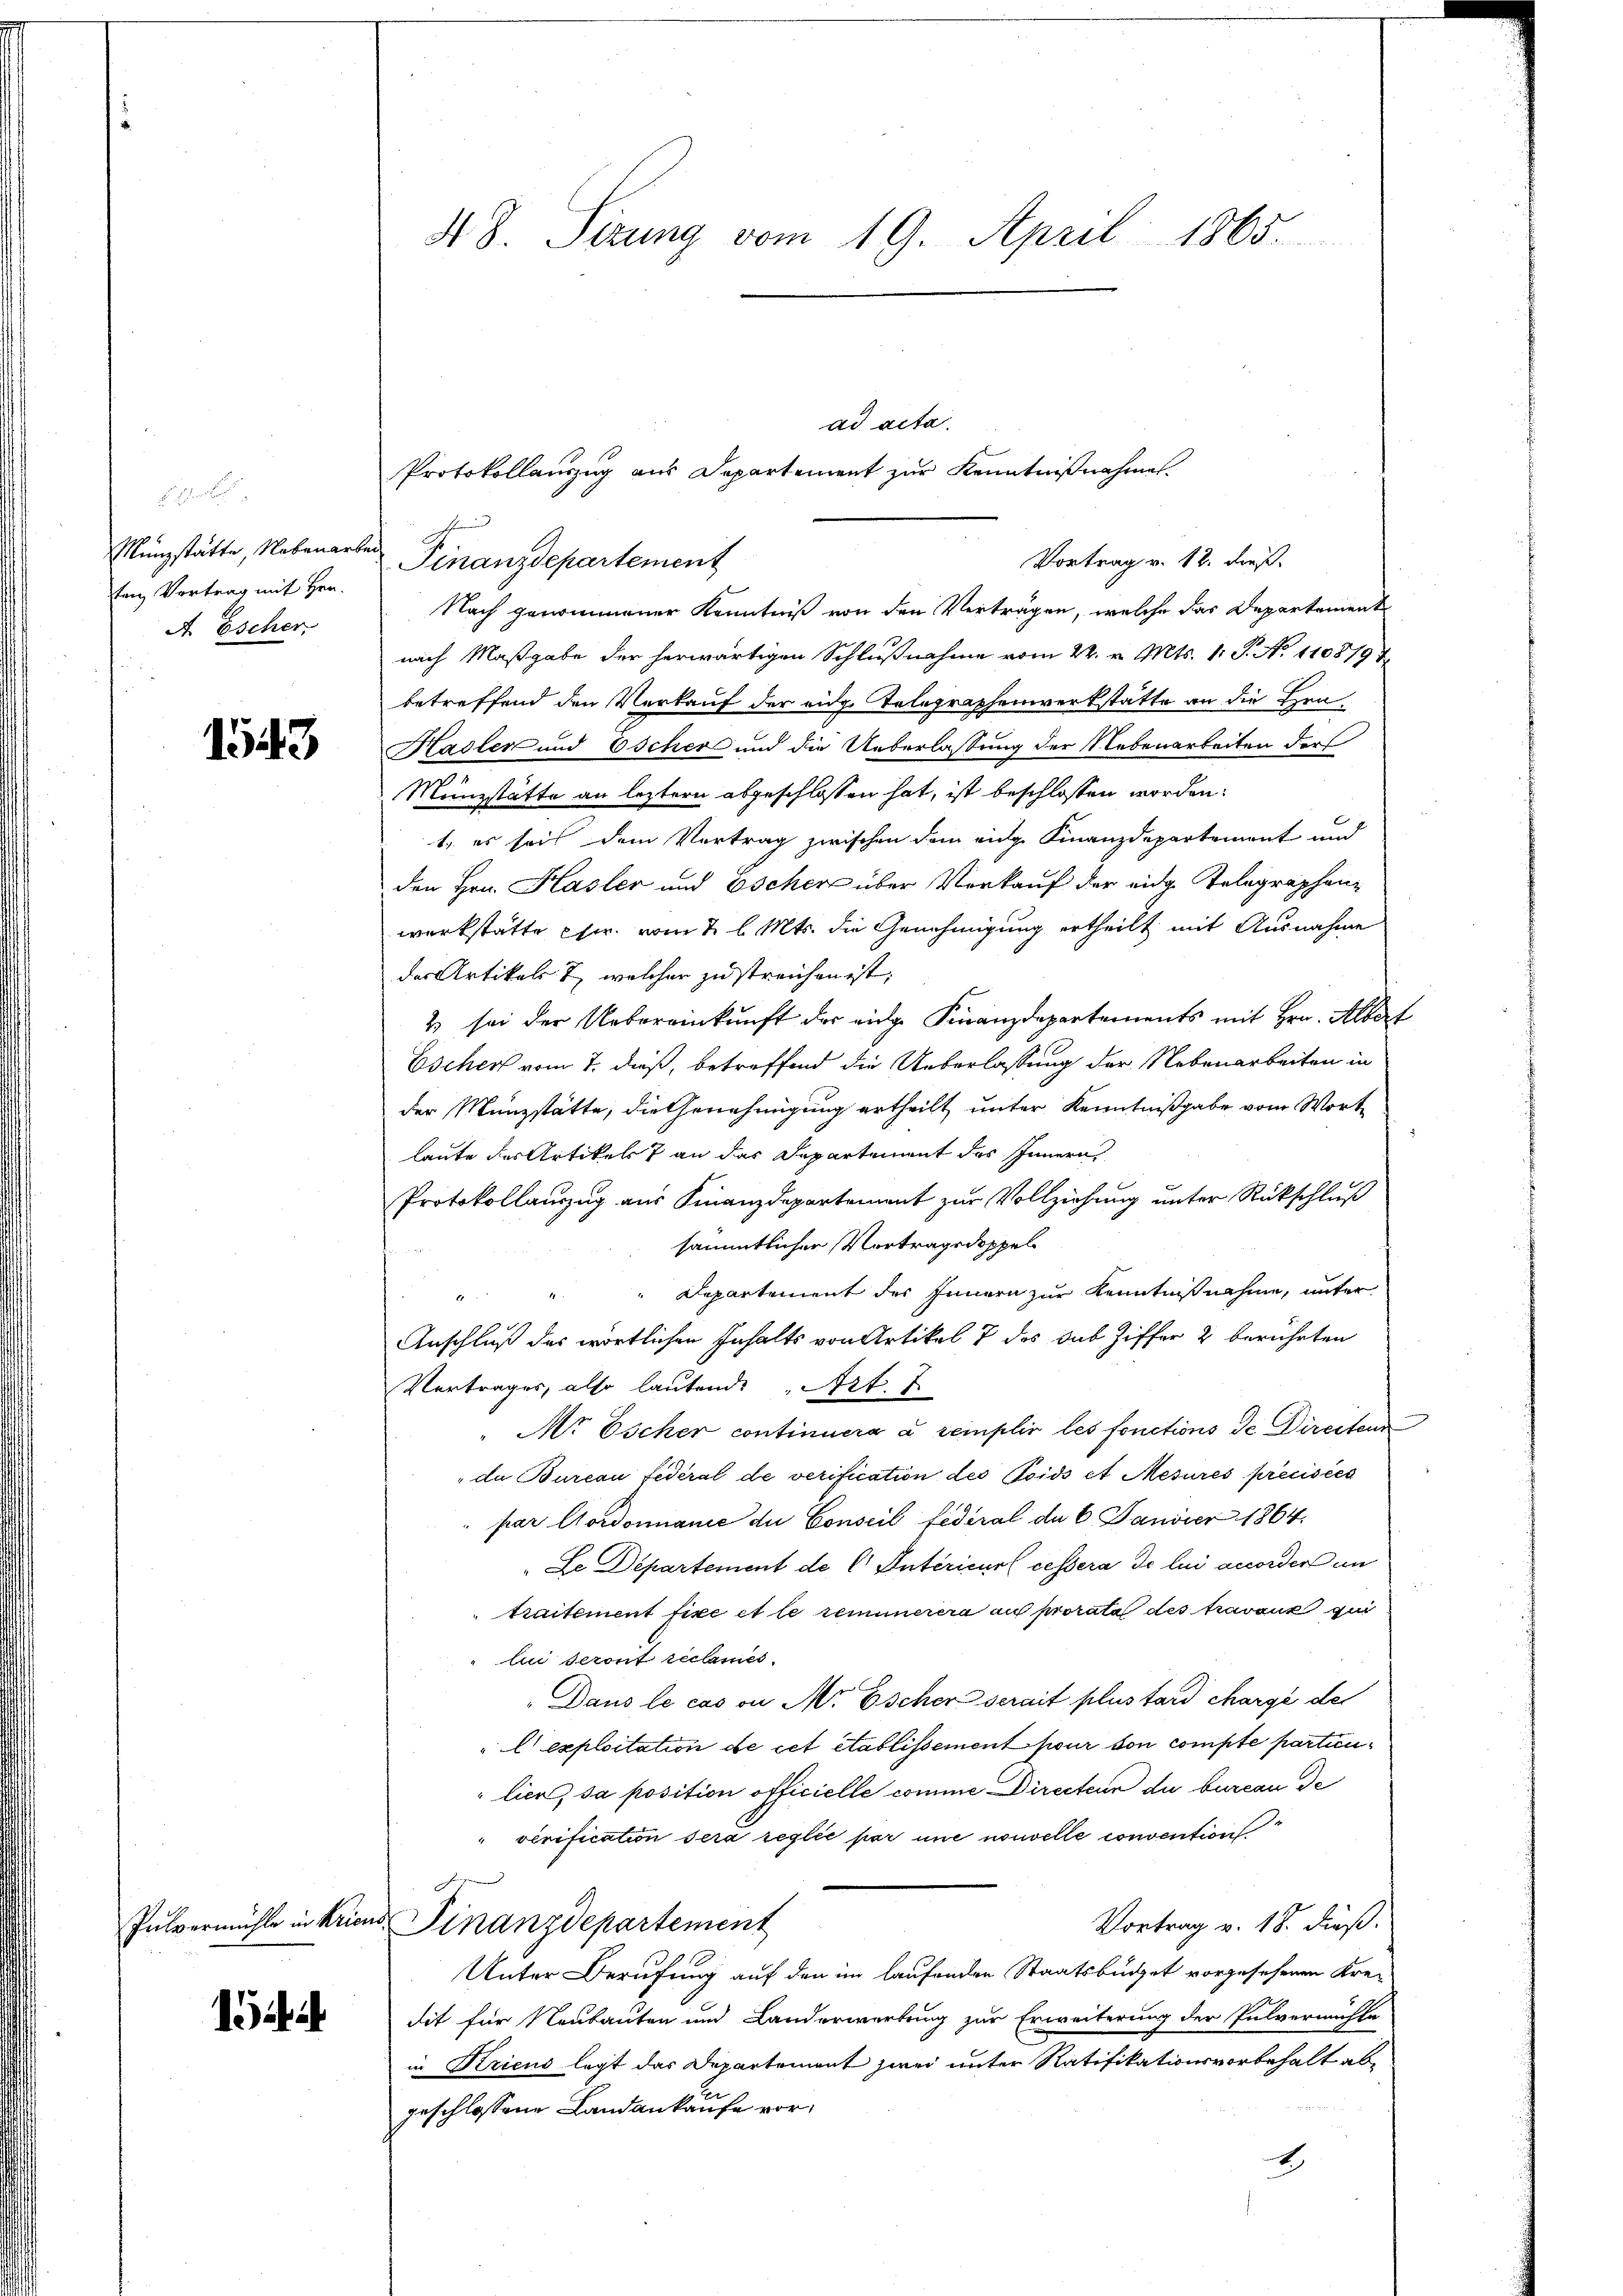
s an der
Münzstätte, Nebenarbe
ten Vortrag mit Hrn.
A Escher

1543

ii

4 S. Tizung vom 19. April 1865.

ad acta.
Protokollauszug aus Departement zur Kenntnißnahmen.
Finanzdepartement
Nach genommener Kenntniß von den Vertragen, welche das Departement
nach Maßgabe der herwärtigen Schlußnahme vom 24. v. Mts. 1 S. No 1108797
betreffend den Verkauf der eide Telegraphenwerkstätte an die Hrn
Hadler und Oscher und die Ueberlassung der Nebenarbeiten der
Münzstätte an letztern abgeschlossen hat, ist beschlossen worden.
1. es soit dem Vortrag zwischen dem eige Finanzdepartement und
den Hrn. Hasler und Escher über Verkauf der eide Telegraphenwerkstätte chir vom 2. l. Mts. die Genehmigung ertheilt mit Ausnahme
der Artikalt, welcher zu streichen ist,
2 sei der Uebereinkunft der eidge Finanzdepartements mit Hrn. Altorf
Escher vom 7. dieß, betreffend die Ueberlassung der Nebenarbeiten in
der Münzstätte, die Genehmigung ertheilt unter Kenntnißgabe vom Wortlaute des Artikels 7 an das Departement des Innern
Protokollauszug aus Finanzdepartement zur Vollziehung unter Rückschluß
sämmtlicher Vortragsdoppel
Departement des Innern zur Kenntnißnahme, unter

Anschluß des wörtlichen Inhalts von Artikel 7 des Sub Ziffer 2 berührten
Vertrages, also lautende Art. 7
Mr Escher continuera a remplir les fonctions de Directeur
"da Bureau fédéral de verification des Poids et Mesures précisées
par Cordonnanić du Conseil fédéral de 6. Janvier 1864.
Le Departement de l Intericur cessera de lui accorden un
traitement fixe et le remunerera au prorata des travant qui
li seront reclamer
„Dans le cas on Mr. Escher serait plus tard chargé des
" l exploitation de cet établissement heur von compte partienlien, sa position officielle comme Directeur du bureau de
"verification sera reglie par une nouvelle convention
Gegen
Vortrag v. 18. dieß.
Pulvermühle in Kriens Finanzdepartement
Unter Berufung auf den im laufenden Staatsbüdget vorgesehenen Kre-
dit für Neubauten und Landerwerbung zur Erweiterung der Pulvermühle
in Kriens legt das Departement zwei unter Ratifikationsvorbehalt abgeschlossene Landankaufe vor¬

Vortrag v. 12. dieß.